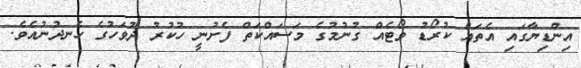
އިންޑިޔާގައި އެތައް ކުރޯޑު ވޯޓެއް ގުނުމުގެ މަސައްކަތް ފެށުނީ ހުކުރު ދުވަހުގެ ހެނދުނުއެވެ.